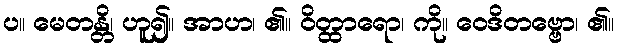
ပ။ မေတန္တိ၊ ဟူ၍။ အာဟ၊ ၏။ ဝိတ္ထာရော၊ ကို။ ဝေဒိတဗ္ဗော၊ ၏။